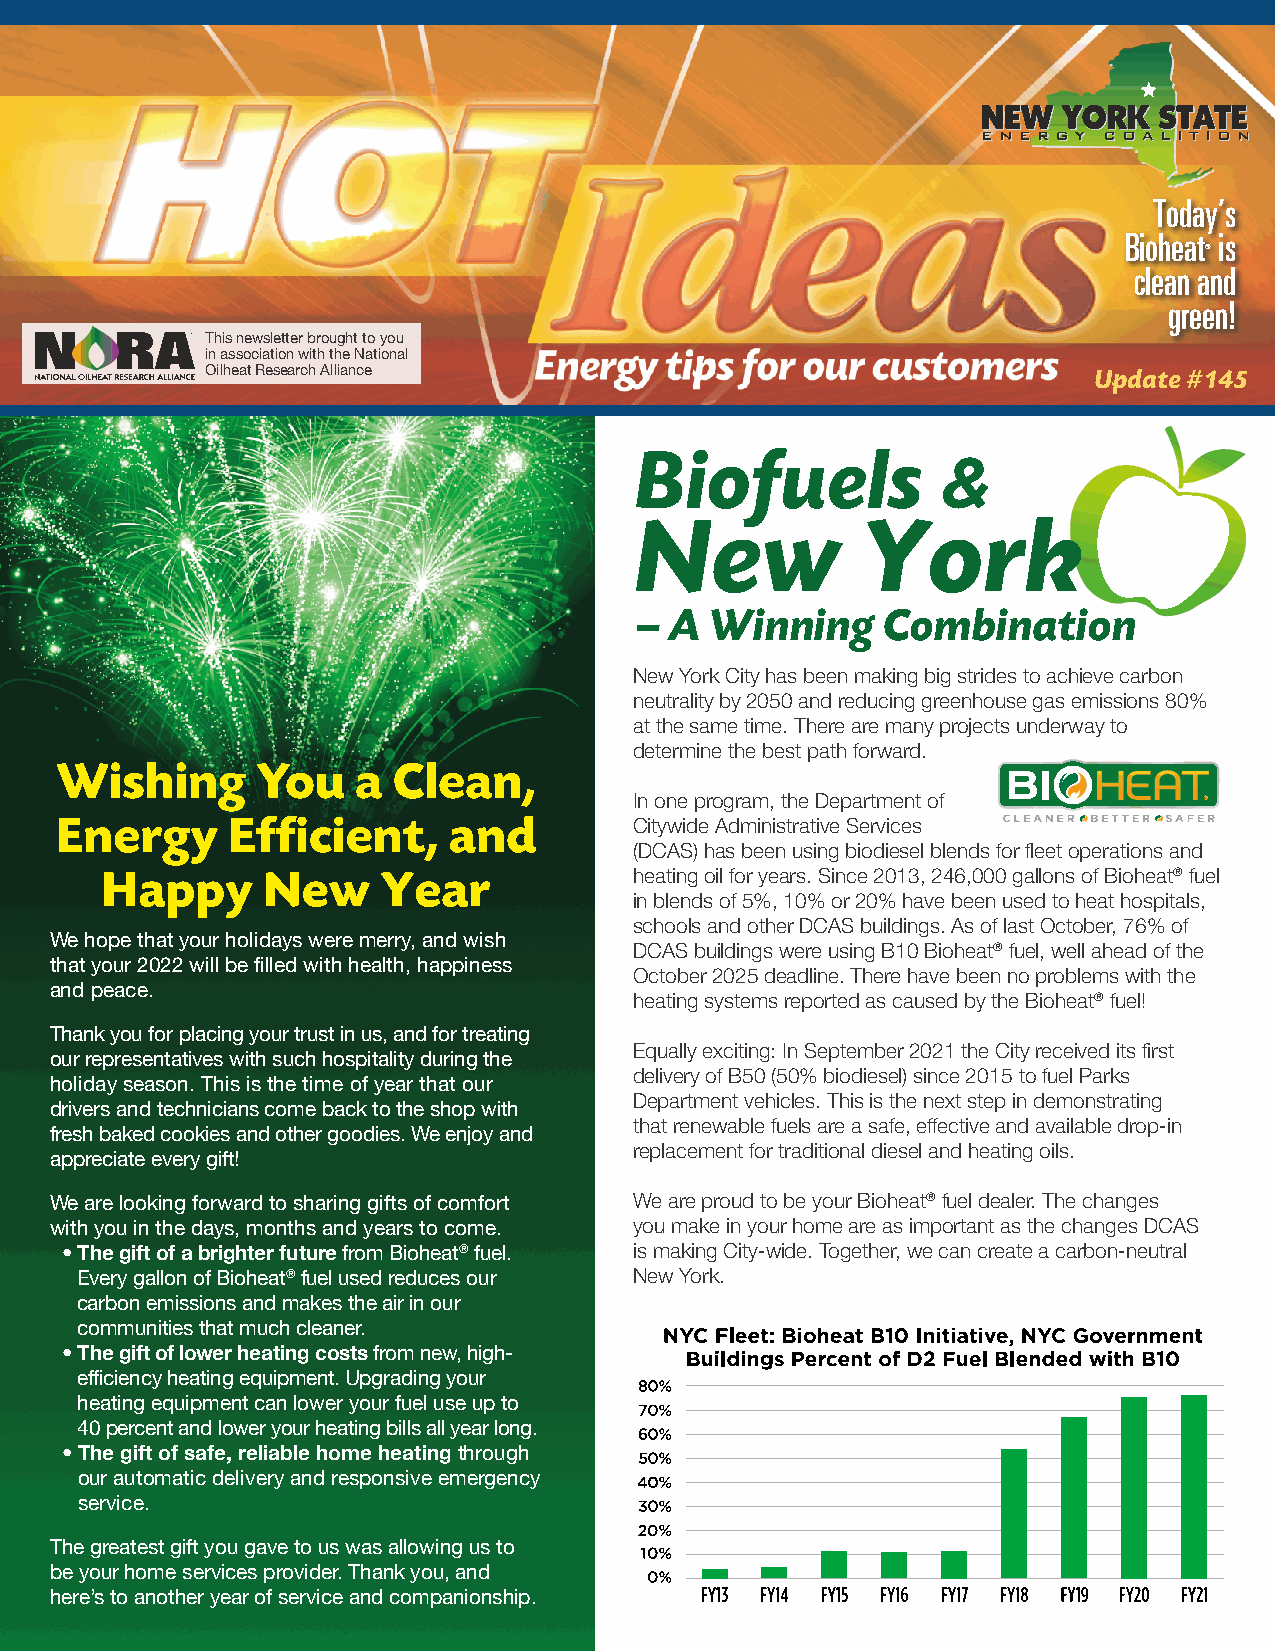
Today’s
 Bioheat is
 ®
 clean and
 green!
 Thisnewsletterbroughttoyou
 inassociationwiththeNational
 OilheatResearchAlliance                                    Update#145
 Biofuels            &
 New            York
 – A  Winning     Combination
 NewYorkCityhasbeenmakingbigstridestoachievecarbon
 neutralityby2050andreducinggreenhousegasemissions80%
 atthesametime.Therearemanyprojectsunderwayto
 determinethebestpathforward.
 Wishing      You    a Clean,
 Inoneprogram,theDepartmentof
 Energy     Efficient,     and         CitywideAdministrativeServices
 (DCAS)hasbeenusingbiodieselblendsforfleetoperationsand
 Happy     New     Year             heatingoilforyears.Since2013,246,000gallonsofBioheat®fuel
 inblendsof5%,10%or20%havebeenusedtoheathospitals,
 schoolsandotherDCASbuildings.AsoflastOctober,76%of
 Wehopethatyourholidaysweremerry,andwish
 DCASbuildingswereusingB10Bioheat®fuel,wellaheadofthe
 thatyour2022willbefilledwithhealth,happiness
 October2025deadline.Therehavebeennoproblemswiththe
 andpeace.
 heatingsystemsreportedascausedbytheBioheat®fuel!
 Thankyouforplacingyourtrustinus,andfortreating
 Equallyexciting:InSeptember2021theCityreceiveditsfirst
 ourrepresentativeswithsuchhospitalityduringthe
 deliveryofB50(50%biodiesel)since2015tofuelParks
 holidayseason.Thisisthetimeofyearthatour
 Departmentvehicles.Thisisthenextstepindemonstrating
 driversandtechnicianscomebacktotheshopwith
 thatrenewablefuelsareasafe,effectiveandavailabledrop-in
 freshbakedcookiesandothergoodies.Weenjoyand
 replacementfortraditionaldieselandheatingoils.
 appreciateeverygift!
 Wearelookingforwardtosharinggiftsofcomfort WeareproudtobeyourBioheat®fueldealer.Thechanges
 withyouinthedays,monthsandyearstocome. youmakeinyourhomeareasimportantasthechangesDCAS
 •ThegiftofabrighterfuturefromBioheat®fuel. ismakingCity-wide.Together,wecancreateacarbon-neutral
 EverygallonofBioheat®fuelusedreducesour NewYork.
 carbonemissionsandmakestheairinour
 communitiesthatmuchcleaner.
 •Thegiftoflowerheatingcostsfromnew,high-
 efficiencyheatingequipment.Upgradingyour
 heatingequipmentcanloweryourfueluseupto
 40percentandloweryourheatingbillsallyearlong.
 •Thegiftofsafe,reliablehomeheatingthrough
 ourautomaticdeliveryandresponsiveemergency
 service.
 Thegreatestgiftyougavetouswasallowingusto
 beyourhomeservicesprovider.Thankyou,and
 here’stoanotheryearofserviceandcompanionship.